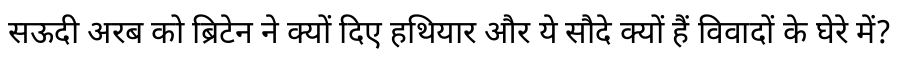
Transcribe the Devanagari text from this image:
सऊदी अरब को ब्रिटेन ने क्यों दिए हथियार और ये सौदे क्यों हैं विवादों के घेरे में?